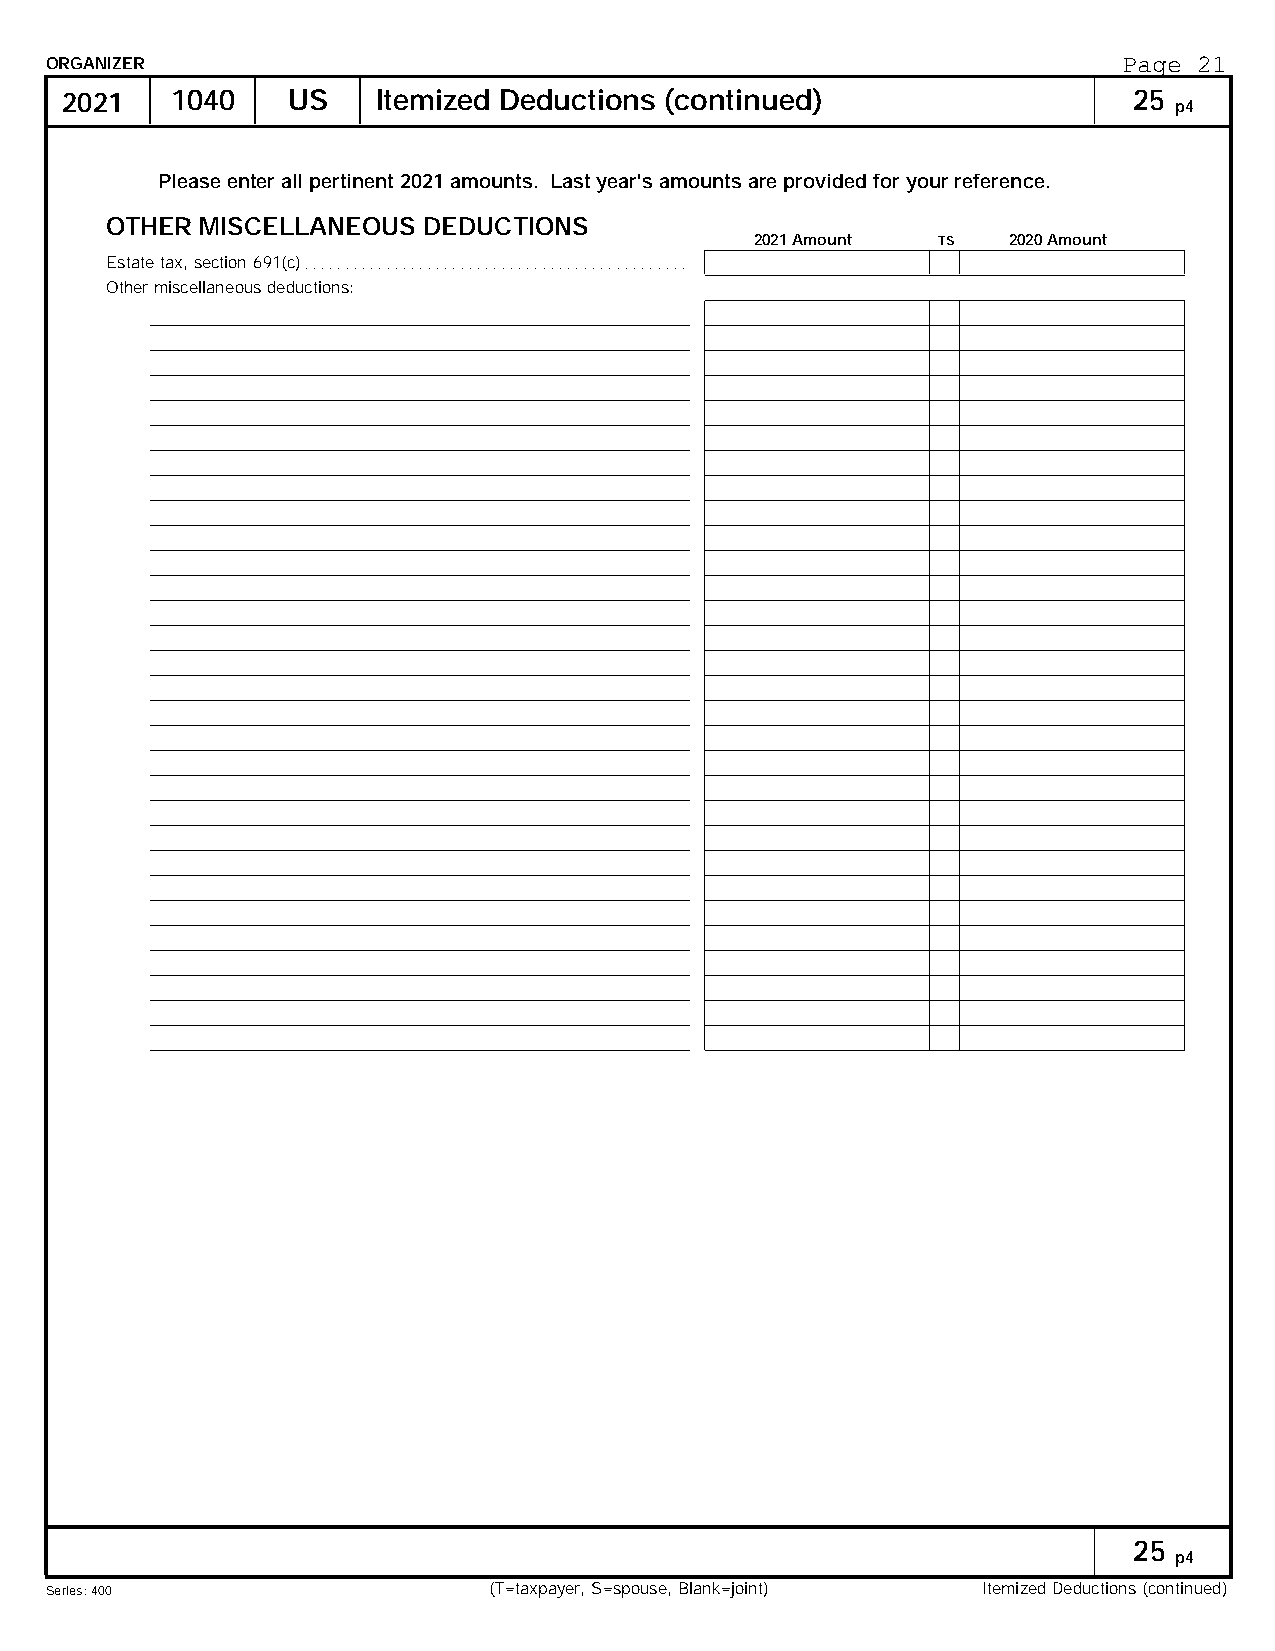
ORGANIZER                                                              Page 21
 2021   1040    US    Itemized Deductions (continued)                   25
 p4
 Please enter all pertinent 2021 amounts. Last year's amounts are provided for your reference.
 OTHER MISCELLANEOUS  DEDUCTIONS
 2021 Amount TS   2020 Amount
 Estate tax, section 691(c). . . . . . . . . . . . . . . . . . . . . . . . . . . . . . . . . . . . . . . . . . . . . . .
 Other miscellaneous deductions:
 25
 p4
 Series: 400                  (T=taxpayer, S=spouse, Blank=joint) Itemized Deductions (continued)